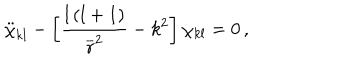
LaTeX: \ddot { \chi } _ { k l } - \left[ \frac { l \left( l + 1 \right) } { \overline { { r } } ^ { 2 } } - k ^ { 2 } \right] \chi _ { k l } = 0 \, ,